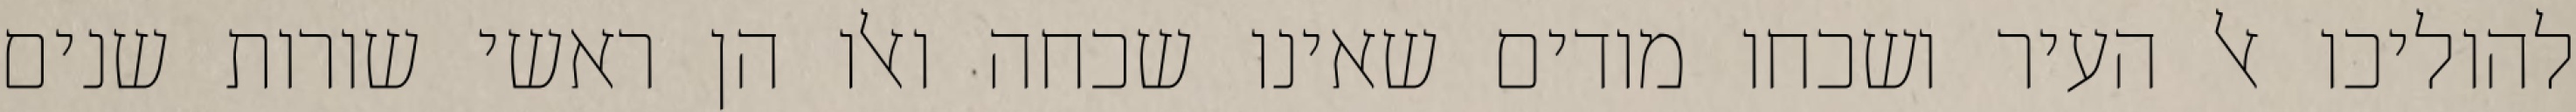
להוליכו אל העיר ושכחו מודים שאינו שכחה ואלו הן ראשי שורות שנים